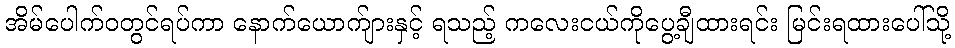
အိမ်ပေါက်ဝတွင်ရပ်ကာ နောက်ယောက်ျားနှင့် ရသည့် ကလေးငယ်ကိုပွေ့ချီထားရင်း မြင်းရထားပေါ်သို့